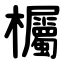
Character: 欘